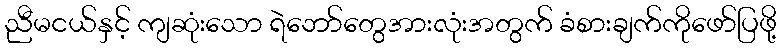
ညီမငယ်နှင့် ကျဆုံးသော ရဲဘော်တွေအားလုံးအတွက် ခံစားချက်ကိုဖော်ပြဖို့